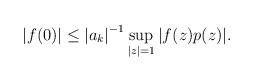
LaTeX: \begin{align*} |f(0)| \leq {|a_k|}^{-1} \sup_{|z|=1} |f(z)p(z)|.\end{align*}